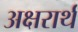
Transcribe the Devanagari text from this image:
अक्षरार्थ